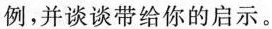
例，并谈谈带给你的启示。